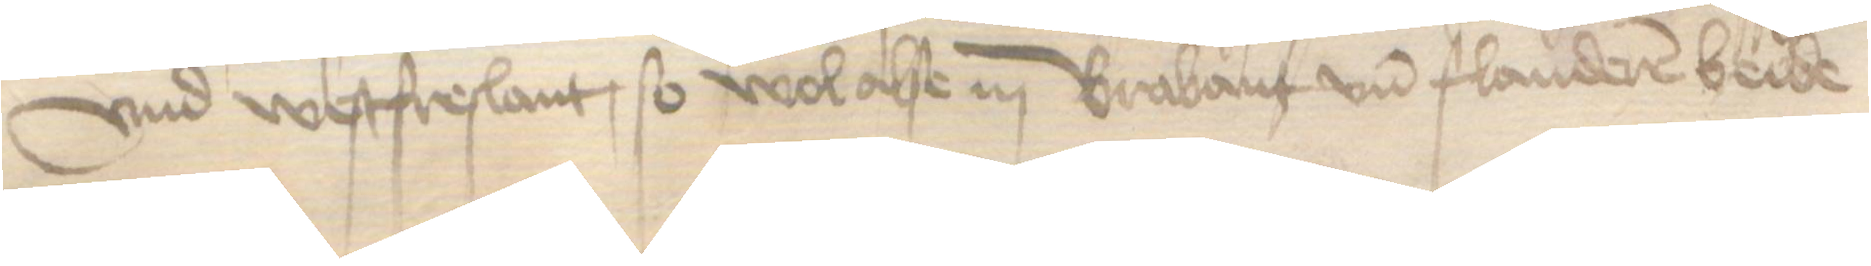
vnd Westfreslant, so wol alse in Brabant und Flanderen beide